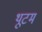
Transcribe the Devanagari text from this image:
थूटम